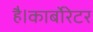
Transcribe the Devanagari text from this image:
है।कार्बोरेटर